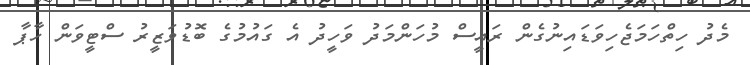
މެދު ހިތްހަމަޖެހިވަޑައިނުގެން ރައީސް މުހަންމަދު ވަހީދު އެ ގައުމުގެ ބޮޑުވަޒީރު ސްޓީވަން ހާޕާ